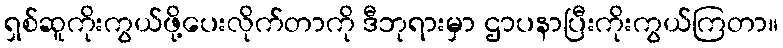
ရှစ်ဆူကိုးကွယ်ဖို့ပေးလိုက်တာကို ဒီဘုရားမှာ ဌာပနာပြီးကိုးကွယ်ကြတာ။